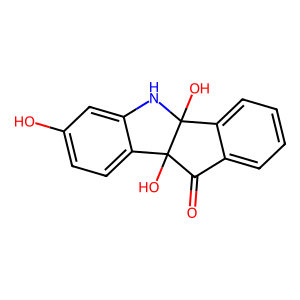
SMILES: O=C1c2ccccc2C2(O)Nc3cc(O)ccc3C12O
Inhibits HIV replication: No